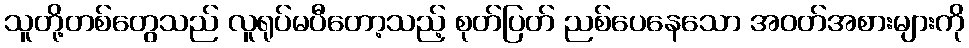
သူတို့တစ်တွေသည် လူရုပ်မပီတော့သည့် စုတ်ပြတ် ညစ်ပေနေသော အဝတ်အစားများကို